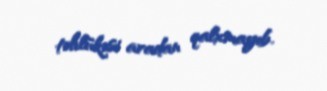
təhlükəsi aradan qalxmayıb.